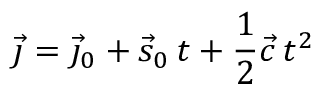
{ \vec { \jmath } } = { \vec { \jmath } } _ { 0 } + { \vec { s } } _ { 0 } \, t + { \frac { 1 } { 2 } } { \vec { c } } \, t ^ { 2 }